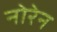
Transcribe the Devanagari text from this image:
नोरेन